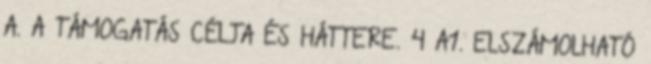
A. A TÁMOGATÁS CÉLJA ÉS HÁTTERE. 4 A1. ELSZÁMOLHATÓ